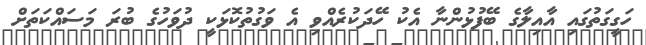
ހަގީގަތުގައި އާއިލާގެ ބޭފުޅުންނާ އެކު ހޭދަކުރެއްވި އެ ވަގުތުކޮޅަކީ ދުވަހުގެ ބުރަ މަސައްކަތަށް